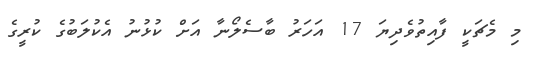
މި މެޗަކީ ފާއިތުވެދިޔަ 17 އަހަރު ބާސެލޯނާ އަށް ކުޅުނު އެކުލަބުގެ ކުރީގެ